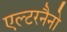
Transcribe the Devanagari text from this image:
एल्टरनैनो